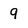
Character: 9